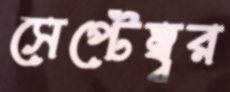
সেপ্টেম্ব্বর